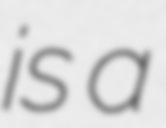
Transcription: is a